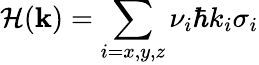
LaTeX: \mathcal{H}(\textbf{k})=\sum_{i=x,y,z}\nu_{i}\hbar k_{i}\sigma_{i}